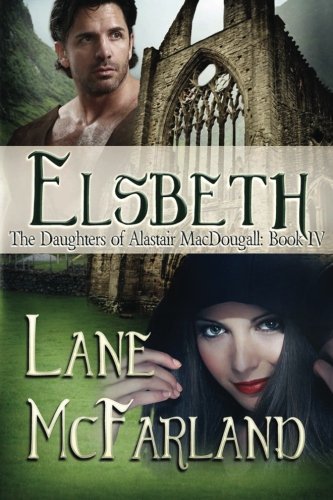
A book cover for Elsbeth (The Daughters of Alastair MacDougall) (Volume 4); Lane McFarland; Romance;